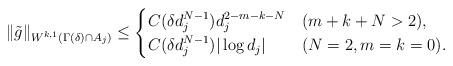
LaTeX: \begin{align*} \|\tilde g\|_{W^{k, 1}(\Gamma(\delta) \cap A_j)} \le \begin{cases}C(\delta d_j^{N-1}) d_j^{2-m-k-N} & (m+k+N>2), \\C(\delta d_j^{N-1}) |\log d_j| & (N=2, m=k=0).\end{cases}\end{align*}